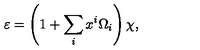
\varepsilon = \left( 1 + \sum _ { i } x ^ { i } \Omega _ { i } \right) \chi ,